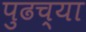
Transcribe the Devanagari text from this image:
पुढच्‍या